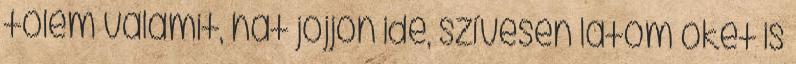
tőlem valamit, hát jöjjön ide, szívesen lá­tom őket is